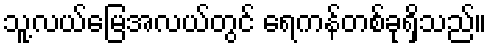
သူ့လယ်မြေအလယ်တွင် ရေကန်တစ်ခုရှိသည်။